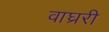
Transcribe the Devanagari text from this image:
वाघ्ररी